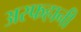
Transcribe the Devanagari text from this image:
अस्फहानी